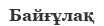
Байғұлақ